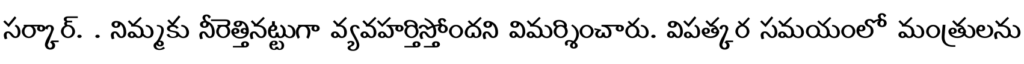
సర్కార్. . నిమ్మకు నీరెత్తినట్టుగా వ్యవహర్తిస్తోందని విమర్శించారు. విపత్కర సమయంలో మంత్రులను